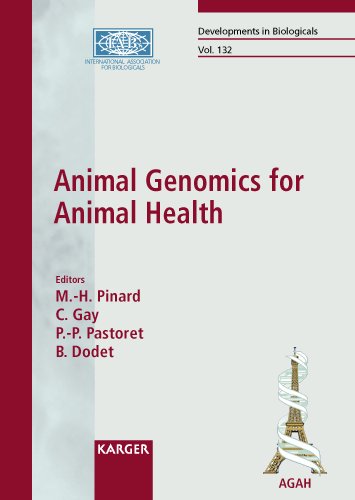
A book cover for Animal Genomics for Animal Health: International Symposium, Paris, October 2007: Proceedings (Developments in Biologicals, Vol. 132); Medical Books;